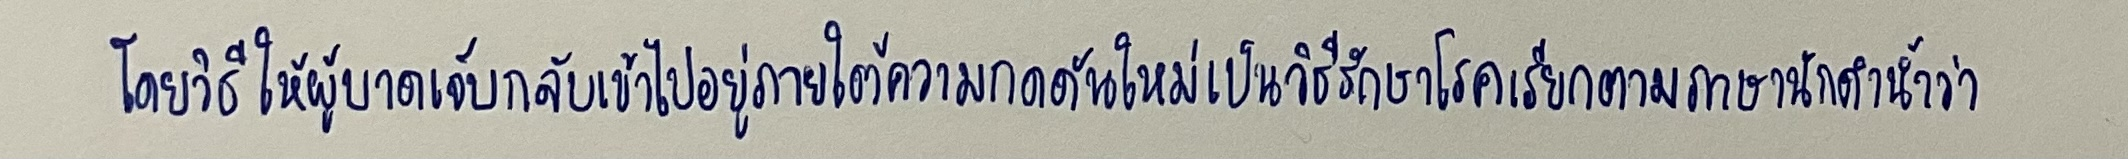
โดยวิธีให้ผู้บาดเจ็บกลับเข้าไปอยู่ภายใต้ความกดดันใหม่เป็นวิธีรักษาโรคเรียกตามภาษานักดำน้ำว่า